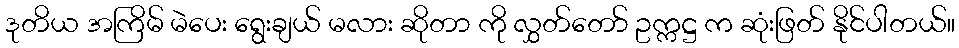
ဒုတိယ အကြိမ် မဲပေး ရွေးချယ် မလား ဆိုတာ ကို လွှတ်တော် ဥက္ကဋ္ဌ က ဆုံးဖြတ် နိုင်ပါတယ်။